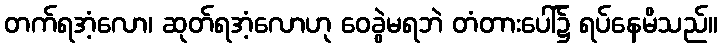
တက်ရအံ့လော၊ ဆုတ်ရအံ့လောဟု ဝေခွဲမရဘဲ တံတားပေါ်၌ ရပ်နေမိသည်။